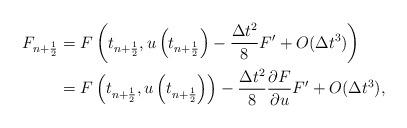
LaTeX: \begin{align*}F_{n+\frac{1}{2}} &= F \left( t_{n+\frac{1}{2}}, u\left(t_{n+\frac{1}{2}}\right) -\frac{\Delta t^2}{8}F' +O(\Delta t^3) \right) \\ &= F \left( t_{n+\frac{1}{2}}, u\left(t_{n+\frac{1}{2}}\right) \right) - \frac{\Delta t^2}{8}\frac{\partial F}{\partial u}F' + O(\Delta t^3), \end{align*}